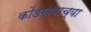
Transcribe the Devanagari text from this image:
कोंडगावाच्या